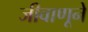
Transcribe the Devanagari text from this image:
जीवाणूने